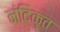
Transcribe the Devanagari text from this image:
नंदिकृत